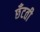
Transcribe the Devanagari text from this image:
छँटती